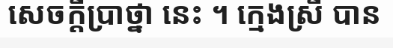
សេចក្តីប្រាថ្នា នេះ ។ ក្មេងស្រី បាន